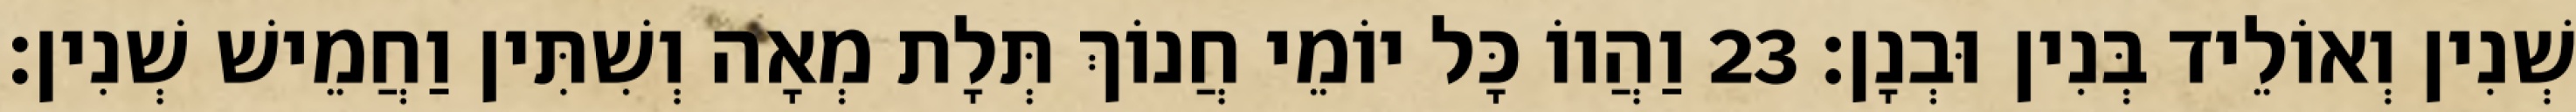
שְׁנִין וְאוֹלֵיד בְּנִין וּבְנָן׃ 23 וַהֲווֹ כָּל יוֹמֵי חֲנוֹךְ תְּלָת מְאָה וְשִׁתִּין וַחֲמֵישׁ שְׁנִין׃